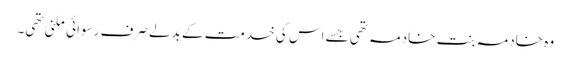
وہ خادمہ بنتِ خادمہ تھی جسے اس کی خدمت کے بدلے صرف رسوائی ملنی تھی۔